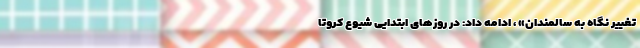
تغییر نگاه به سالمندان» ، ادامه داد: در روزهای ابتدایی شیوع کروتا